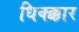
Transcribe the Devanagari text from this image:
धिक्क्कार